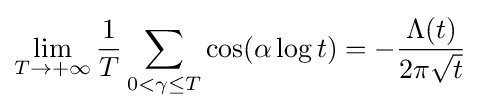
\lim _{T\rightarrow +\infty }{\frac {1}{T}}\sum _{0<\gamma \leq T}\cos(\alpha \log t)=-{\frac {\Lambda (t)}{2\pi {\sqrt {t}}}}